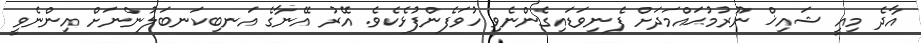
އާދެ މިއީ ޝައިޚް ނޫރުމުޙައްމަދަށް ފެނިވަޑައިގެންނެވި ހުވަފެންފުޅެކެވެ. އޭރު އޭނާގެ އަނބިކަނބަލުންނަށް އިންނެވީ